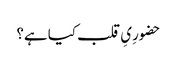
حضورِیِ قلب کیا ہے؟